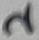
Text: 2